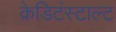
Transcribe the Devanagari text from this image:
क्रेडिटंस्टाल्ट